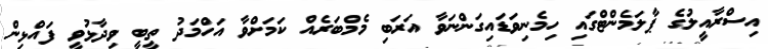
އިސްރާއީލުގެ ޕާލަމެންޓްގައި ހިމެނިވަޑައިގަންނަވާ އަރަބި މެމްބަރެއް ކަމަށްވާ އަހްމަދު ތީބީ ވިދާޅުވީ ފައްޅިން